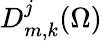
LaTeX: D_{m,k}^{j}(\Omega)